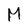
Character: M